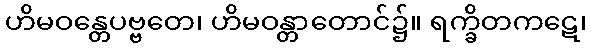
ဟိမဝန္တေပဗ္ဗတေ၊ ဟိမဝန္တာတောင်၌။ ရက္ခိတကဋေ၊